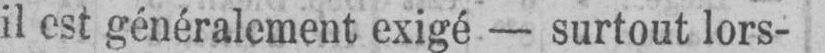
il est généralement exigé - surtout lors-